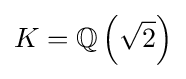
K=\mathbb {Q} \left({\sqrt {2}}\right)